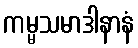
ကမ္မသမာဒါနာနံ